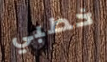
خطبي